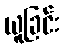
ယူခြင်း